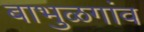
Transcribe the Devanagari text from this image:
बाभुळगांव